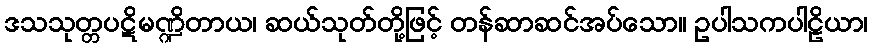
ဒသသုတ္တပဋိမဏ္ဍိတာယ၊ ဆယ်သုတ်တို့ဖြင့် တန်ဆာဆင်အပ်သော။ ဥပါသကပါဠိယာ၊